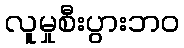
လူမှုစီးပွားဘဝ